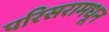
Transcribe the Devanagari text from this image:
परिसरामधून